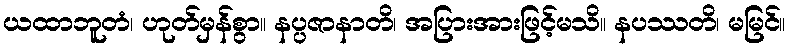
ယထာဘူတံ၊ ဟုတ်မှန်စွာ။ နပ္ပဇာနာတိ၊ အပြားအားဖြင့်မသိ။ နပဿတိ၊ မမြင်။